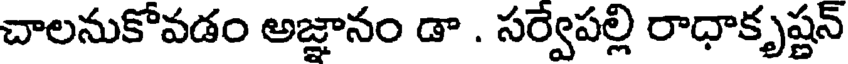
చాలనుకోవడం అజ్ఞానం డా . సర్వేపల్లి రాధాకృష్ణన్